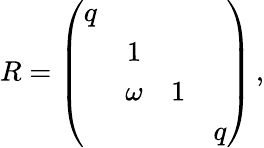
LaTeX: R=\left(\begin{array}{cccc}{{q}}&{{}}&{{}}&{{}}\\ {{}}&{{1}}&{{}}&{{}}\\ {{}}&{{\omega}}&{{1}}&{{}}\\ {{}}&{{}}&{{}}&{{q}}\end{array}\right)\, ,